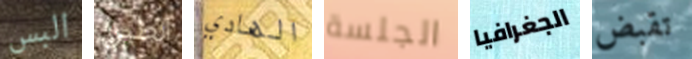
البس الطين الهادي الجلسة الجغرافيا تقبض